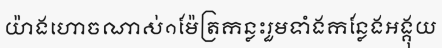
យ៉ាងហោចណាស់១ម៉ែត្រកន្លះរួមទាំងកន្លែងអង្គុយ